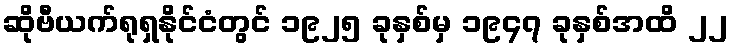
ဆိုဗီယက်ရုရှနိုင်ငံတွင် ၁၉၂၅ ခုနှစ်မှ ၁၉၄၇ ခုနှစ်အထိ ၂၂